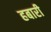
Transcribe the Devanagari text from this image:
हबारी